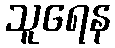
သူရေန